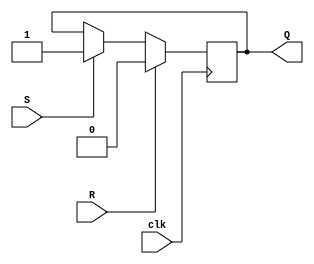
module SRFlipFlop (
  input wire S,  // Set input
  input wire R,  // Reset input
  input wire clk,  // Clock input
  output reg Q  // Q output
);

  always @(posedge clk) begin
    if (R) begin
      Q <= 0;  // Reset the flip-flop
    end else if (S) begin
      Q <= 1;  // Set the flip-flop
    end
    // If neither Set nor Reset is active, the flip-flop maintains its state
  end

  // Default to 1 if neither Set nor Reset is active
  initial begin
    Q <= 1;
  end

endmodule

module SRFlipFlopDef1 (
  input wire S,  // Set input
  input wire R,  // Reset input
  input wire clk,  // Clock input
  output reg Q  // Q output
);

  always @(posedge clk) begin
    if (R) begin
      Q <= 0;  // Reset the flip-flop
    end else if (S) begin
      Q <= 1;  // Set the flip-flop
    end
    // If neither Set nor Reset is active, the flip-flop maintains its state
  end

  // Default to 1 if neither Set nor Reset is active
  initial begin
    Q <= 1;
  end

endmodule

module SRFlipFlopDef0 (
  input wire S,  // Set input
  input wire R,  // Reset input
  input wire clk,  // Clock input
  output reg Q  // Q output
);

  always @(posedge clk) begin
    if (R) begin
      Q <= 0;  // Reset the flip-flop
    end else if (S) begin
      Q <= 1;  // Set the flip-flop
    end
    // If neither Set nor Reset is active, the flip-flop maintains its state
  end

  // Default to 1 if neither Set nor Reset is active
  initial begin
    Q <= 0;
  end

endmodule